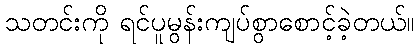
သတင်းကို ရင်ပူမွန်းကျပ်စွာစောင့်ခဲ့တယ်။